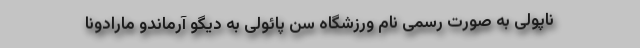
ناپولی به صورت رسمی نام ورزشگاه سن پائولی به دیگو آرماندو مارادونا